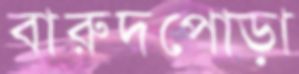
বারুদপোড়া